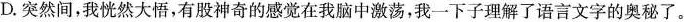
D.突然间，我恍然大悟，有股神奇的感觉在我脑中激荡，我一下子理解了语言文字的奥秘了。